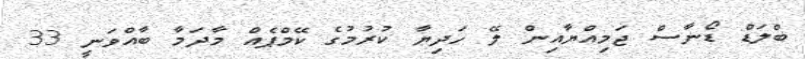
ބްލަޑް ޑޯނާސް ޖަމިއްޔާއިން ލޭ ހަދިޔާ ކުރުމުގެ ކޭމްޕެއް މާދަމާ ބާއްވަނީ 33